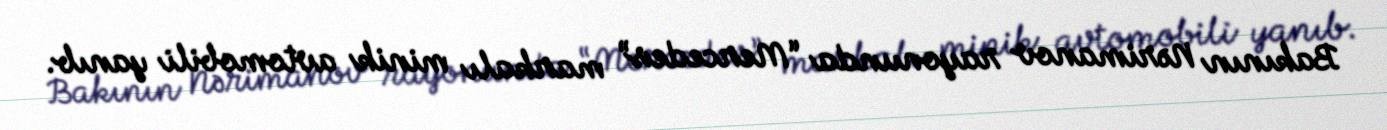
Bakının Nərimanov rayonunda “Mercedes” markalı minik avtomobili yanıb.